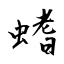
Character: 螧